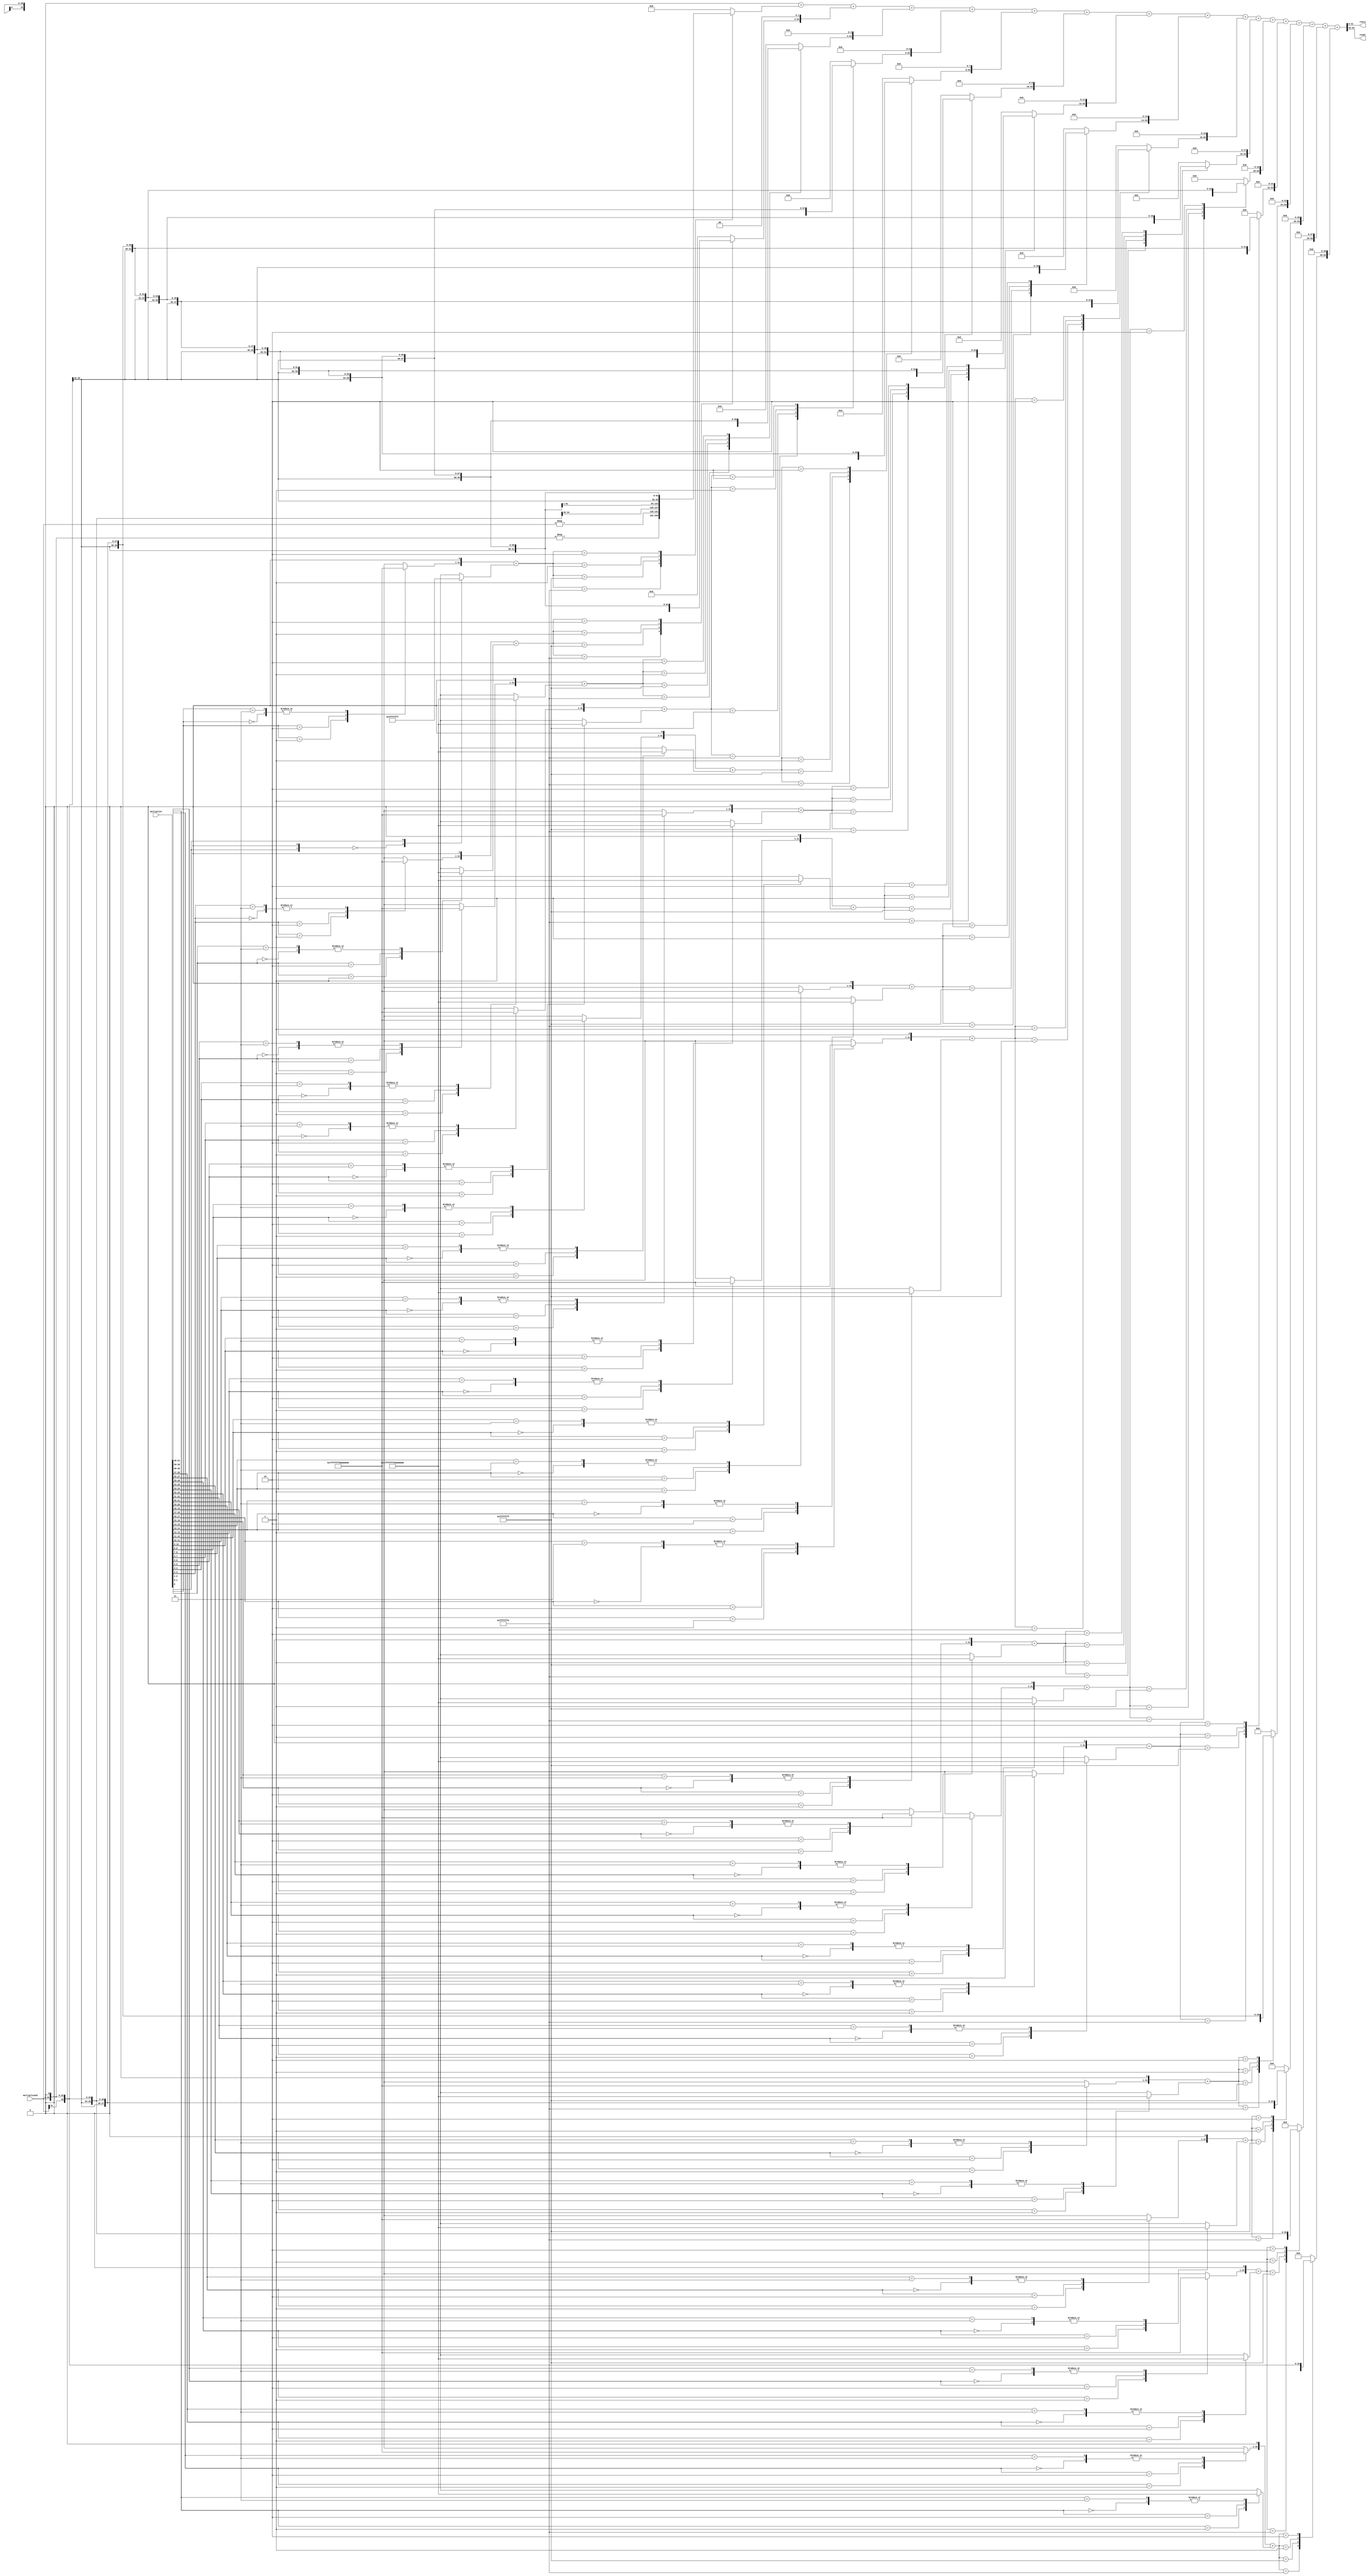
module multiplication(multiplicand, multiplier, resLo, resHi);
input [31:0] multiplicand, multiplier;
output[31:0] resLo, resHi;
//output [63:0] result;

  reg signed [31:0] multiplicand_reg, multiplier_reg;
  reg signed [61:0] result_reg;
  reg signed [63:0] partial_product;
  reg signed [63:0] temp;
  
  integer i, n, j;
  reg [1:0] bit_pairs;
  integer booth_num[31:0];
  integer two_bit_booth[15:0];
  
 /*
 
 booth thinker
 multiplicand
 multiplier
 
 put above into reg
 make bit pair booth number from multiplier (big for loop?)
 enter loop to create final number
 have a 64 bit num with 32 1's
	shift this each loop and use to or with multiplied multiplicand
 do partial products at eaech stage
 
 var needed 
 bit pair num
 64 bit of 1's (might need zeros too)
 parrtial product var (64 bits)
 might also need a placeholder for multi
 */
 
 always @(*) begin
 partial_product = 0;
 multiplier_reg = multiplier;
 multiplicand_reg = multiplicand;
 
for (i = 0; i <= 31; i = i + 1) begin
	//$display("The value of i is %d", i);
	case(i)
		  0: bit_pairs = multiplier_reg[0] << 1;
        1: bit_pairs = multiplier_reg[1:0];
        2: bit_pairs = multiplier_reg[2:1];
        3: bit_pairs = multiplier_reg[3:2];
        4: bit_pairs = multiplier_reg[4:3];
        5: bit_pairs = multiplier_reg[5:4];
        6: bit_pairs = multiplier_reg[6:5];
        7: bit_pairs = multiplier_reg[7:6];
        8: bit_pairs = multiplier_reg[8:7];
        9: bit_pairs = multiplier_reg[9:8];
        10: bit_pairs = multiplier_reg[10:9];
        11: bit_pairs = multiplier_reg[11:10];
        12: bit_pairs = multiplier_reg[12:11];
        13: bit_pairs = multiplier_reg[13:12];
        14: bit_pairs = multiplier_reg[14:13];
        15: bit_pairs = multiplier_reg[15:14];
        16: bit_pairs = multiplier_reg[16:15];
        17: bit_pairs = multiplier_reg[17:16];
        18: bit_pairs = multiplier_reg[18:17];
        19: bit_pairs = multiplier_reg[19:18];
        20: bit_pairs = multiplier_reg[20:19];
        21: bit_pairs = multiplier_reg[21:20];
        22: bit_pairs = multiplier_reg[22:21];
        23: bit_pairs = multiplier_reg[23:22];
        24: bit_pairs = multiplier_reg[24:23];
        25: bit_pairs = multiplier_reg[25:24];
        26: bit_pairs = multiplier_reg[26:25];
        27: bit_pairs = multiplier_reg[27:26];
        28: bit_pairs = multiplier_reg[28:27];
        29: bit_pairs = multiplier_reg[29:28];
        30: bit_pairs = multiplier_reg[30:29];
        31: bit_pairs = multiplier_reg[31:30];
		  default: bit_pairs = multiplier_reg[0:0];
		  endcase
	case(bit_pairs)
			2'b00: booth_num[i] = 0;
			2'b01: booth_num[i] = 1;
			2'b10: booth_num[i] = -1;
			2'b11: booth_num[i] = 0;
			default: booth_num[i] = 0;
		endcase
		//$display("The value of bit_pairs is %b", bit_pairs);
	//$display("The value of booth_num is %d", booth_num[i]);
	end// for i end
	
	for (n = 0; n <= 31; n = n + 2) begin 
	two_bit_booth[{n >> 1}] = {booth_num[n+1] << 1} + booth_num[n];
	//$display("The value of n is %d", n);
	//$display("The value of booth_num is %d", booth_num[n]);
	//$display("The value of two_bit_booth is %d", two_bit_booth[n/2]);
	end // for n loop
	//$display("The value of two_bit_booth is %p", two_bit_booth);
	//$display("The value of booth_num is %p", booth_num);
	//$display("1The value of multiplicand_reg is %b", multiplicand_reg);
	// partial_product = {{32{multiplicand_reg[31]}}, multiplicand_reg};
	//$display("2The value of partial_product is %b", partial_product);
	//$display("The value of partial_product is %b", partial_product);
	//temp = multiplicand_reg * two_bit_booth[0];
	//partial_product = partial_product + {{32{temp[31]}}, temp}; //{ {2{x[5]}}, x } {{32{multiplicand_reg[31]}}, multiplicand_reg}
	//$display("The value of partial_product is %b", partial_product);
	for (j = 0; j <= 15; j = j + 1) begin 
	//$display("The value of j is %d", j);
	
	//temp = (multiplicand_reg * two_bit_booth[j]) << {j << 1};
		$display("The value m is %b", multiplicand_reg);
	$display("The value tbb is %d", two_bit_booth[j]);
	case (two_bit_booth[j])
		-2: temp = -(multiplicand_reg << 1);
		-1: temp = -multiplicand_reg;
		0: temp = 0;
		1: temp = multiplicand_reg;
		2: temp = multiplicand_reg << 1;
      default: temp = 0;
    endcase
    temp = temp << {j << 1};
		$display("The value of temp is %b", temp);

	//$display("The value of temp is %b", temp);
	
	partial_product = partial_product + temp;
	//partial_product = partial_product + {{32{temp[31]}}, temp};
		$display("The value of PP is %b", partial_product);

	
	//partial_product = partial_product + {{32{multiplicand_reg[31]}}, multiplicand_reg} * two_bit_booth[j]; //{ {2{x[5]}}, x }
	//$display("The value of partial_product is %b", partial_product);
	
	end
	$display("The value of partial_product is %d", partial_product);
	$display("The value of multiplicand is %d", multiplicand_reg);
	$display("The value of multiplier is %d", multiplier_reg);
 end
 assign resLo = partial_product[31:0];
 assign resHi = partial_product[63:32];
 endmodule